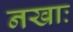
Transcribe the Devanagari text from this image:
नखाः